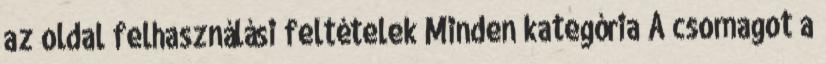
az oldal felhasználási feltételek Minden kategória A csomagot a